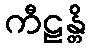
ကီဠန္တိ